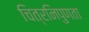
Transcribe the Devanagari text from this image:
चित्रनिपुणता